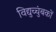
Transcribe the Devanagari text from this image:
विद्युच्चुंबकों